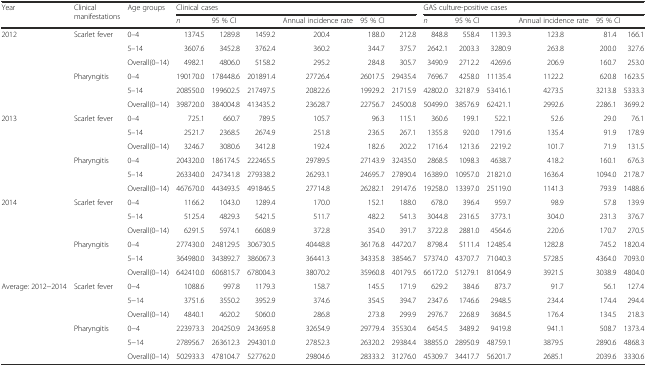
<table><thead><tr><td rowspan="2"><b>Year</b></td><td rowspan="2"><b>Clinical manifestations</b></td><td rowspan="2"><b>Age groups</b></td><td colspan="6"><b>Clinical cases</b></td><td colspan="6"><b>GAS culture-positive cases</b></td></tr><tr><td><b><i>n</i></b></td><td colspan="2"><b>95 % CI</b></td><td><b>Annual incidence rate</b></td><td colspan="2"><b>95 % CI</b></td><td><b><i>n</i></b></td><td colspan="2"><b>95 % CI</b></td><td><b>Annual incidence rate</b></td><td colspan="2"><b>95 % CI</b></td></tr></thead><tbody><tr><td rowspan="6">2012</td><td rowspan="3">Scarlet fever</td><td>0–4</td><td>1374.5</td><td>1289.8</td><td>1459.2</td><td>200.4</td><td>188.0</td><td>212.8</td><td>848.8</td><td>558.4</td><td>1139.3</td><td>123.8</td><td>81.4</td><td>166.1</td></tr><tr><td>5–14</td><td>3607.6</td><td>3452.8</td><td>3762.4</td><td>360.2</td><td>344.7</td><td>375.7</td><td>2642.1</td><td>2003.3</td><td>3280.9</td><td>263.8</td><td>200.0</td><td>327.6</td></tr><tr><td>Overall(0–14)</td><td>4982.1</td><td>4806.0</td><td>5158.2</td><td>295.2</td><td>284.8</td><td>305.7</td><td>3490.9</td><td>2712.2</td><td>4269.6</td><td>206.9</td><td>160.7</td><td>253.0</td></tr><tr><td rowspan="3">Pharyngitis</td><td>0–4</td><td>190170.0</td><td>178448.6</td><td>201891.4</td><td>27726.4</td><td>26017.5</td><td>29435.4</td><td>7696.7</td><td>4258.0</td><td>11135.4</td><td>1122.2</td><td>620.8</td><td>1623.5</td></tr><tr><td>5–14</td><td>208550.0</td><td>199602.5</td><td>217497.5</td><td>20822.6</td><td>19929.2</td><td>21715.9</td><td>42802.0</td><td>32187.9</td><td>53416.1</td><td>4273.5</td><td>3213.8</td><td>5333.3</td></tr><tr><td>Overall(0–14)</td><td>398720.0</td><td>384004.8</td><td>413435.2</td><td>23628.7</td><td>22756.7</td><td>24500.8</td><td>50499.0</td><td>38576.9</td><td>62421.1</td><td>2992.6</td><td>2286.1</td><td>3699.2</td></tr><tr><td rowspan="6">2013</td><td rowspan="3">Scarlet fever</td><td>0–4</td><td>725.1</td><td>660.7</td><td>789.5</td><td>105.7</td><td>96.3</td><td>115.1</td><td>360.6</td><td>199.1</td><td>522.1</td><td>52.6</td><td>29.0</td><td>76.1</td></tr><tr><td>5–14</td><td>2521.7</td><td>2368.5</td><td>2674.9</td><td>251.8</td><td>236.5</td><td>267.1</td><td>1355.8</td><td>920.0</td><td>1791.6</td><td>135.4</td><td>91.9</td><td>178.9</td></tr><tr><td>Overall(0–14)</td><td>3246.7</td><td>3080.6</td><td>3412.8</td><td>192.4</td><td>182.6</td><td>202.2</td><td>1716.4</td><td>1213.6</td><td>2219.2</td><td>101.7</td><td>71.9</td><td>131.5</td></tr><tr><td rowspan="3">Pharyngitis</td><td>0–4</td><td>204320.0</td><td>186174.5</td><td>222465.5</td><td>29789.5</td><td>27143.9</td><td>32435.0</td><td>2868.5</td><td>1098.3</td><td>4638.7</td><td>418.2</td><td>160.1</td><td>676.3</td></tr><tr><td>5–14</td><td>263340.0</td><td>247341.8</td><td>279338.2</td><td>26293.1</td><td>24695.7</td><td>27890.4</td><td>16389.0</td><td>10957.0</td><td>21821.0</td><td>1636.4</td><td>1094.0</td><td>2178.7</td></tr><tr><td>Overall(0–14)</td><td>467670.0</td><td>443493.5</td><td>491846.5</td><td>27714.8</td><td>26282.1</td><td>29147.6</td><td>19258.0</td><td>13397.0</td><td>25119.0</td><td>1141.3</td><td>793.9</td><td>1488.6</td></tr><tr><td rowspan="6">2014</td><td rowspan="3">Scarlet fever</td><td>0–4</td><td>1166.2</td><td>1043.0</td><td>1289.4</td><td>170.0</td><td>152.1</td><td>188.0</td><td>678.0</td><td>396.4</td><td>959.7</td><td>98.9</td><td>57.8</td><td>139.9</td></tr><tr><td>5–14</td><td>5125.4</td><td>4829.3</td><td>5421.5</td><td>511.7</td><td>482.2</td><td>541.3</td><td>3044.8</td><td>2316.5</td><td>3773.1</td><td>304.0</td><td>231.3</td><td>376.7</td></tr><tr><td>Overall(0–14)</td><td>6291.5</td><td>5974.1</td><td>6608.9</td><td>372.8</td><td>354.0</td><td>391.7</td><td>3722.8</td><td>2881.0</td><td>4564.6</td><td>220.6</td><td>170.7</td><td>270.5</td></tr><tr><td rowspan="3">Pharyngitis</td><td>0–4</td><td>277430.0</td><td>248129.5</td><td>306730.5</td><td>40448.8</td><td>36176.8</td><td>44720.7</td><td>8798.4</td><td>5111.4</td><td>12485.4</td><td>1282.8</td><td>745.2</td><td>1820.4</td></tr><tr><td>5–14</td><td>364980.0</td><td>343892.7</td><td>386067.3</td><td>36441.3</td><td>34335.8</td><td>38546.7</td><td>57374.0</td><td>43707.7</td><td>71040.3</td><td>5728.5</td><td>4364.0</td><td>7093.0</td></tr><tr><td>Overall(0–14)</td><td>642410.0</td><td>606815.7</td><td>678004.3</td><td>38070.2</td><td>35960.8</td><td>40179.5</td><td>66172.0</td><td>51279.1</td><td>81064.9</td><td>3921.5</td><td>3038.9</td><td>4804.0</td></tr><tr><td rowspan="6">Average: 2012−2014</td><td rowspan="3">Scarlet fever</td><td>0−4</td><td>1088.6</td><td>997.8</td><td>1179.3</td><td>158.7</td><td>145.5</td><td>171.9</td><td>629.2</td><td>384.6</td><td>873.7</td><td>91.7</td><td>56.1</td><td>127.4</td></tr><tr><td>5−14</td><td>3751.6</td><td>3550.2</td><td>3952.9</td><td>374.6</td><td>354.5</td><td>394.7</td><td>2347.6</td><td>1746.6</td><td>2948.5</td><td>234.4</td><td>174.4</td><td>294.4</td></tr><tr><td>Overall(0–14)</td><td>4840.1</td><td>4620.2</td><td>5060.0</td><td>286.8</td><td>273.8</td><td>299.9</td><td>2976.7</td><td>2268.9</td><td>3684.5</td><td>176.4</td><td>134.5</td><td>218.3</td></tr><tr><td rowspan="3">Pharyngitis</td><td>0−4</td><td>223973.3</td><td>204250.9</td><td>243695.8</td><td>32654.9</td><td>29779.4</td><td>35530.4</td><td>6454.5</td><td>3489.2</td><td>9419.8</td><td>941.1</td><td>508.7</td><td>1373.4</td></tr><tr><td>5−14</td><td>278956.7</td><td>263612.3</td><td>294301.0</td><td>27852.3</td><td>26320.2</td><td>29384.4</td><td>38855.0</td><td>28950.9</td><td>48759.1</td><td>3879.5</td><td>2890.6</td><td>4868.3</td></tr><tr><td>Overall(0–14)</td><td>502933.3</td><td>478104.7</td><td>527762.0</td><td>29804.6</td><td>28333.2</td><td>31276.0</td><td>45309.7</td><td>34417.7</td><td>56201.7</td><td>2685.1</td><td>2039.6</td><td>3330.6</td></tr></tbody></table>